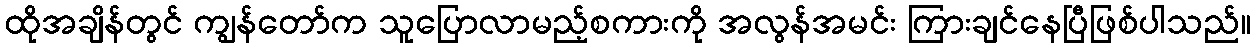
ထိုအချိန်တွင် ကျွန်တော်က သူပြောလာမည့်စကားကို အလွန်အမင်း ကြားချင်နေပြီဖြစ်ပါသည်။